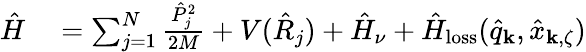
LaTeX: \begin{array}{rl}{\hat{H}}&{{}=\sum_{j=1}^{N}\frac{\hat{P}_{j}^{2}}{2M}+V(\hat{R}_{j})+\hat{H}_{\nu}+\hat{H}_{\mathrm{loss}}(\hat{q}_{\mathbf k},\hat{x}_{{\mathbf k},\zeta})}\end{array}